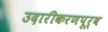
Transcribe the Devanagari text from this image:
उदारीकरणपूर्व